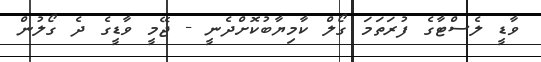
ވާޑީ ލެސްޓާގެ ފުރަތަމަ ގޯލް ކާމިޔާބުކޮށްދެނީ - ޖޭމީ ވާޑީގެ ދެ ގޯލުން